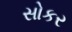
સોકર